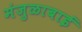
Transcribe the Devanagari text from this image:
मंजुळाबाई